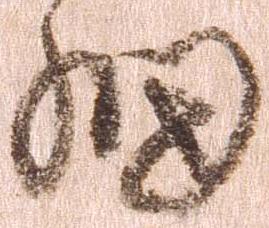
細